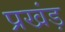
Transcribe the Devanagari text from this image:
प्रखंड़